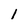
Character: 1